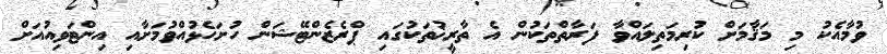
ވުމާއެކު މި މަޤާމަށް ކުރިމަތިލައްވާ ފަރާތްތަކުން އެ ތާރީޚުތަކުގައި ޕްރެޒެންޓޭޝަން ހުށަހެޅުއްވުމަށާއި އިންޓަވިއުއަށް